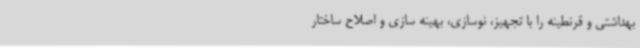
بهداشتی و قرنطینه را با تجهیز، نوسازی، بهینه سازی و اصلاح ساختار